Civil Veterinary Department. United Provinces 1932-42 - 1932-1942
Year: 1932
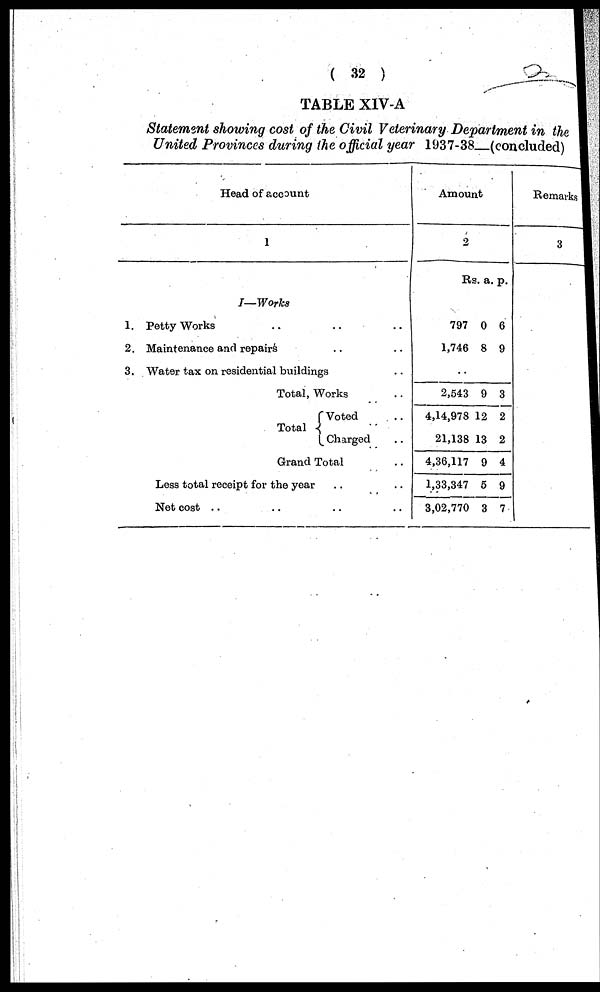
(32)
TABLE XIV-A
Statement showing cost of the Civil Veterinary Department in the
United Provinces during the official year 1937-38 (concluded)
Head of account
1
I—Works
1. Petty Works .. .. ..
2. Maintenance and repairs ..
3. Water tax on residential buildings ..
Total, Works ..
Total
Voted ..
Charged ..
Grand Total ..
Less total receipt for the year .. ..
Net cost .. .. .. ..
Amount
2
Rs. a. p.
797
1,746
0
8
6
9
..
2,543
4,14,978 1
21,138 1
4,36,117
1,33,347
3,02,770
9
2
3
9
5
3
3
2
2
4
9
7
Remarks
3